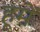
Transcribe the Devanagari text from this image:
हूमें